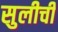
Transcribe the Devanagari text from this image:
सुलीची